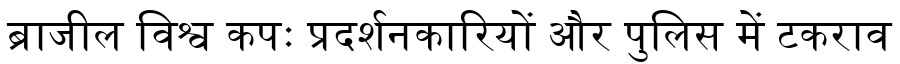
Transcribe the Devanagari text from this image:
ब्राजील विश्व कपः प्रदर्शनकारियों और पुलिस में टकराव